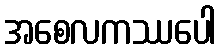
အစေလကဿပေါ